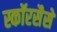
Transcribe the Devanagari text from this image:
स्कॉरसैसे